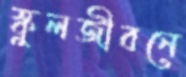
স্কুলজীবনে